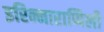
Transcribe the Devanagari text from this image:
इरिन्नाराप्पिली